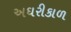
અઘરીકાળ